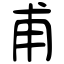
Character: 甫